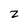
Character: 2